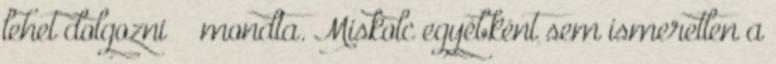
lehet dolgozni” – mondta. Miskolc egyébként sem ismeretlen a